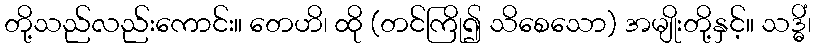
တို့သည်လည်းကောင်း။ တေဟိ၊ ထို (တင်ကြို၍ သိစေသော) အမျိုးတို့နှင့်။ သဒ္ဓိံ၊